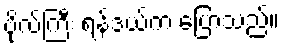
ဗိုလ်ကြီး ရန်ဒယ်က ပြောသည်။